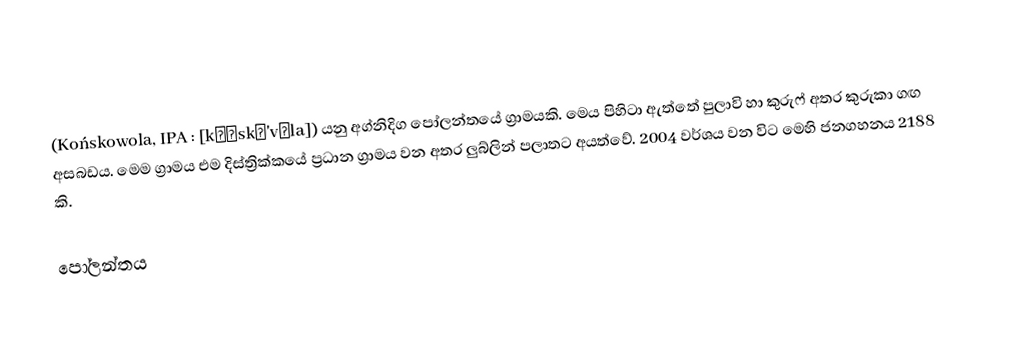
(Końskowola, IPA : [kɔɲskɔ'vɔla]) යනු අග්නිදිග පෝලන්තයේ ග්‍රාමයකි. මෙය පිහිටා ඇත්තේ පුලාවි හා කුරුෆ් අතර කුරුකා ගඟ අසබඩය. මෙම ග්‍රාමය එම දිස්ත්‍රික්කයේ ප්‍රධාන ග්‍රාමය වන අතර ලුබ්ලින් පලාතට අයත්වේ. 2004 වර්ශය වන විට මෙහි ජනගහනය 2188 කි.

පෝලන්තය